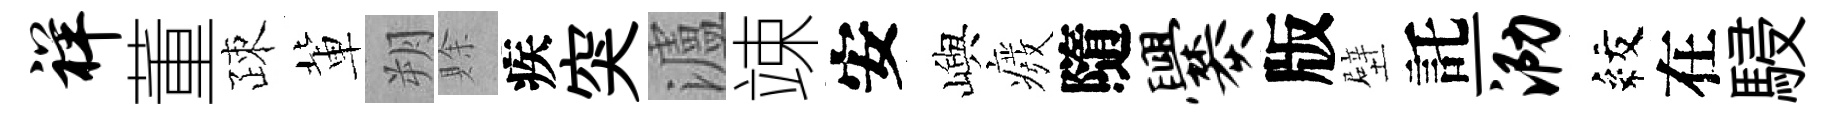
祥董疎軰朔賖疾突瀘竦安嶼癈隨爨版壁託一泐紋在駸